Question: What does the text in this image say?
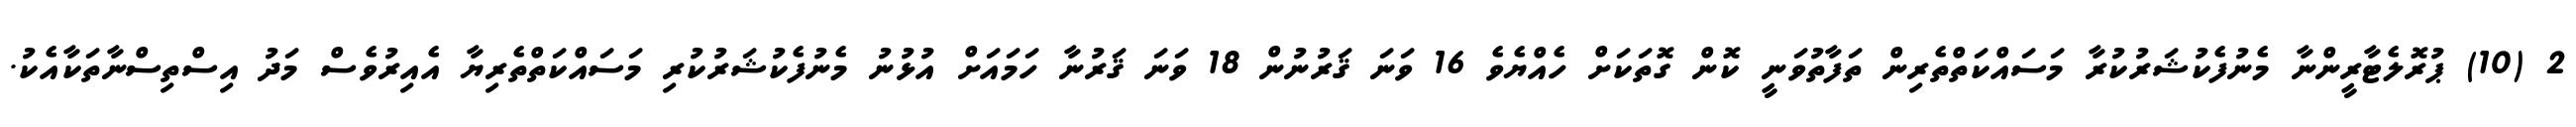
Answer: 2 (10) ޕުރޮލެޓާރީންނާ މެނުފެކުޝަރުކުރާ މަސައްކަތްތެރިން ތަފާތުވަނީ ކޮން ގޮތަކަށް ހެއްޔެވެ 16 ވަނަ ޤަރުނުން 18 ވަނަ ޤަރުނާ ހަމައަށް އުޅުނު މެނުފެކުޝަރުކުރި މަސައްކަތްތެރިޔާ އެއިރުވެސް މަދު އިސްތިސްނާތަކާއެކު.